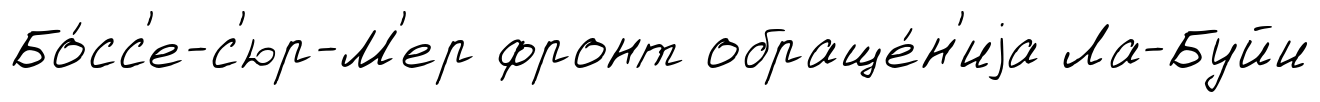
Бо́сс'е-с'юр-М'ер фронт обраще́н'иjа Ла-Буйи